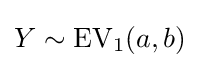
Y\sim \operatorname {EV} _{1}(a,b)